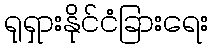
ရုရှားနိုင်ငံခြားရေး